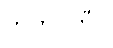
ဘူတပတီဝ